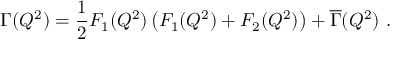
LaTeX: \Gamma ( Q ^ { 2 } ) = { \frac { 1 } { 2 } } F _ { 1 } ( Q ^ { 2 } ) \left( F _ { 1 } ( Q ^ { 2 } ) + F _ { 2 } ( Q ^ { 2 } ) \right) + { \overline { { \Gamma } } } ( Q ^ { 2 } ) \ .